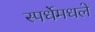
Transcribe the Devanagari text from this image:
स्पर्धेमधले